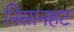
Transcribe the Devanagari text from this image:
निसानहट